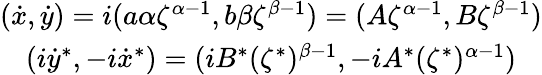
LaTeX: \begin{array}{c}{{(\dot{x},\dot{y})=i(a\alpha\zeta^{\alpha-1},b\beta\zeta^{\beta-1})=(A\zeta^{\alpha-1},B\zeta^{\beta-1})}}\\ {{(i\dot{y}^{*},-i\dot{x}^{*})=(iB^{*}(\zeta^{*})^{\beta-1},-iA^{*}(\zeta^{*})^{\alpha-1})}}\end{array}